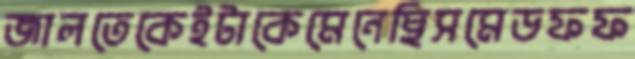
জালতেকেইটাকেমেনেছিসমেডফফ